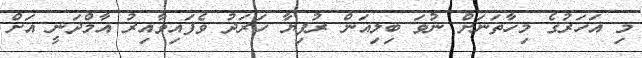
މި އަހަރުގެ މިހާތަނަށް ނުވަ ބިލިއަން ރުފިޔާ ހަރަދު ވެފައިވާއިރު އާމްދަނީ އަށް